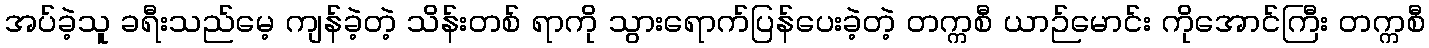
အပ်ခဲ့သူ ခရီးသည်မေ့ ကျန်ခဲ့တဲ့ သိန်းတစ် ရာကို သွားရောက်ပြန်ပေးခဲ့တဲ့ တက္ကစီ ယာဉ်မောင်း ကိုအောင်ကြီး တက္ကစီ